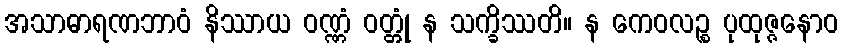
အသာဓာရဏဘာဝံ နိဿာယ ဝဏ္ဏံ ဝတ္တုံ န သက္ခိဿတိ။ န ကေဝလဉ္စ ပုထုဇ္ဇနောဝ